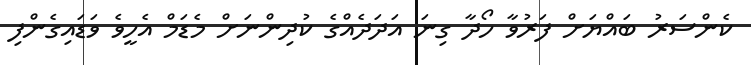
ކެންސަރު ބައްޔަށް ފަރުވާ ހޯދާ ގިނަ އަދަދެއްގެ ކުދިންނަށް މެޑަމް އެހީވެ ވަޑައިގެންފި